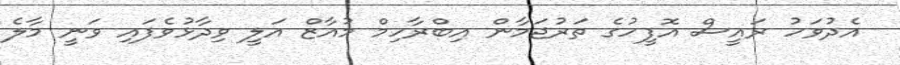
އެދުވަހު ރައީސް އޮފީހުގެ ތަރުޖަމާން އިބްރާހިމް މުއާޒް އަލީ ވިދާޅުވެފައި ވަނީ މާލެ